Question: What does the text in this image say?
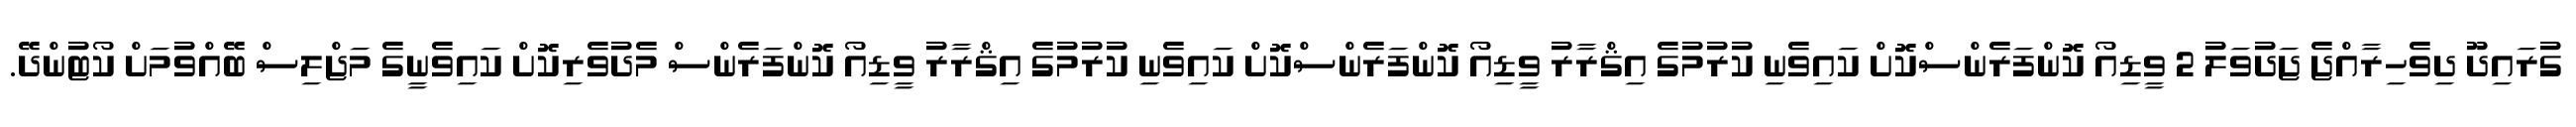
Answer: ގުރައިދޫ ދިވެހިރާއްޖެ ޖަދުވަލު 2 ވީޑިއޯ ކޮންފަރެންސްކޮށް ކައިވެނި ކުރުމުގެ އިޤްރާރު ވީޑިއޯ ކޮންފަރެންސްކޮށް ކައިވެނި ކުރުމުގެ އިޤްރާރު ވީޑިއޯ ކޮންފަރެންސް މެދުވެރިކޮށް ކައިވެނީގެ މަޖްލިސް ބޭއްވުމަށް ކޯޓުންދޭ.